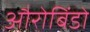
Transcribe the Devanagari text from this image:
औरोबिंडो